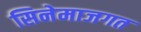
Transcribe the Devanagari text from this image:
सिनेमाजगत